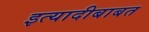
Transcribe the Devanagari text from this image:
इत्यादीबाबत